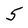
Character: 5